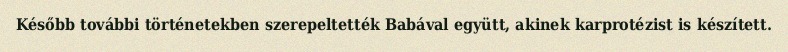
Később további történetekben szerepeltették Babával együtt, akinek karprotézist is készített.